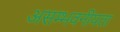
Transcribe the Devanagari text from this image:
असम्भवनीयता